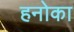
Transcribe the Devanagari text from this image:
हनोका